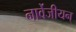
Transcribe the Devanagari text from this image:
नार्वेजीयन्